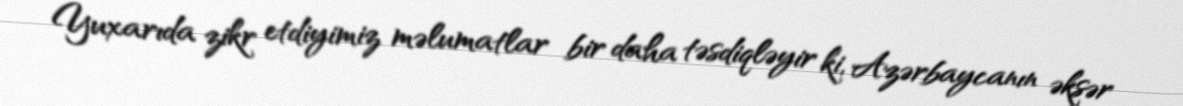
Yuxarıda zikr etdiyimiz məlumatlar bir daha təsdiqləyir ki, Azərbaycanın əksər